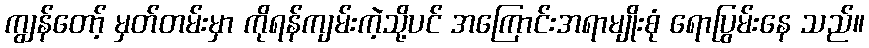
ကျွန်တော့် မှတ်တမ်းမှာ ကိုရန်ကျမ်းကဲ့သို့ပင် အကြောင်းအရာမျိုးစုံ ရောပြွမ်းနေ သည်။